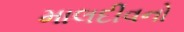
માલદીવનો